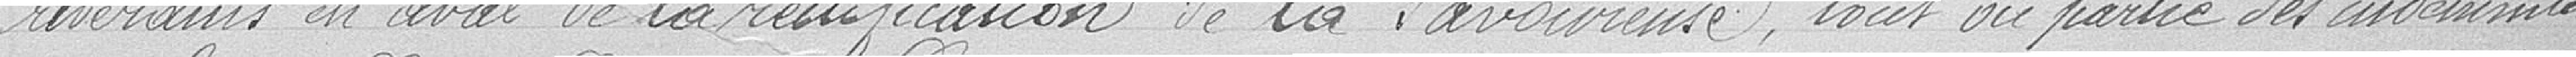
riverains en aval de la rectification, de la Savoureuse, tout ou partie des indemnités